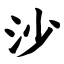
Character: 沙